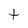
Character: t